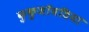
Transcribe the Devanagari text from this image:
कुकुजॉयडिया